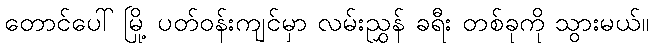
တောင်ပေါ် မြို့ ပတ်ဝန်းကျင်မှာ လမ်းညွှန် ခရီး တစ်ခုကို သွားမယ်။